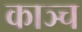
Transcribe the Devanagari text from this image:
काञ्च